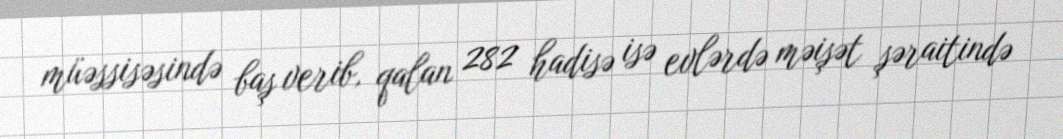
müəssisəsində baş verib, qalan 282 hadisə isə evlərdə məişət şəraitində